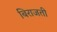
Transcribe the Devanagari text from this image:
बिराजती